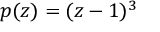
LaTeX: p ( z ) = ( z - 1 ) ^ { 3 }